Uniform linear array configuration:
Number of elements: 24
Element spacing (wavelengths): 0.25
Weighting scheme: hann
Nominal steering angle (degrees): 0
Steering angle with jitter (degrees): -0.6492
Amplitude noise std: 0.05
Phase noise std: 0.05

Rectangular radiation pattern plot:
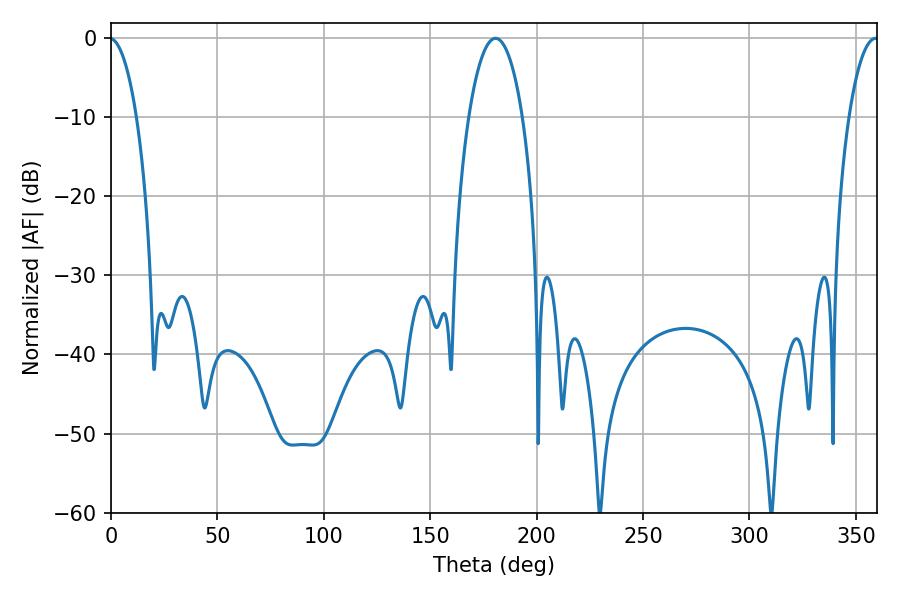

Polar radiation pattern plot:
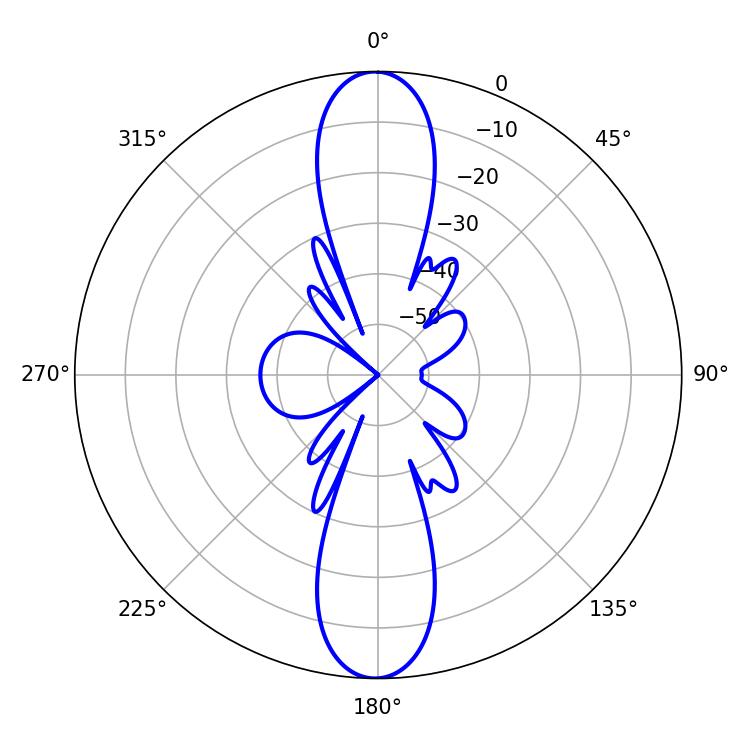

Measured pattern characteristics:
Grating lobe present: FALSE
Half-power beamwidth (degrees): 7.74
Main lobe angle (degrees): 359.28